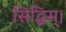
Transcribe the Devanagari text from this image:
सिद्धिम्।